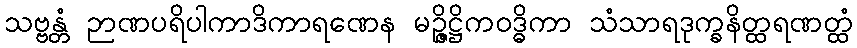
သဗ္ဗန္တံ ဉာဏပရိပါကာဒိကာရဏေန မဉ္ဇိဋ္ဌိကဝဒ္ဓိကာ သံသာရဒုက္ခနိတ္ထရဏတ္ထံ